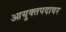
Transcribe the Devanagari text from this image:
आयुक्तपदावर